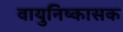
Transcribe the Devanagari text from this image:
वायुनिष्कासक